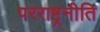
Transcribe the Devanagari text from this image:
परराष्ट्रनीति